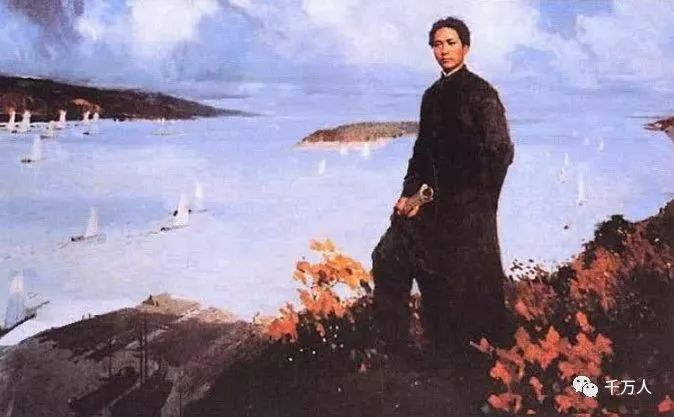
独立寒秋，湘江北去，橘子洲头。